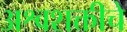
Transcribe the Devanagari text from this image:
अश्वशक्तीचे